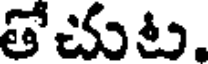
తేచుట.